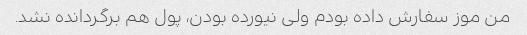
من موز سفارش داده بودم ولی نیورده بودن، پول هم برگردانده نشد.